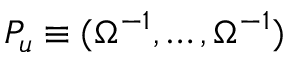
P _ { u } \equiv ( { \Omega } ^ { - 1 } , \dots , { \Omega } ^ { - 1 } )